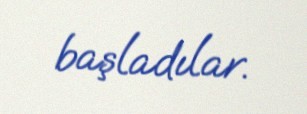
başladılar.